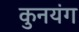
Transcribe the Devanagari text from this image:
कुनयंग